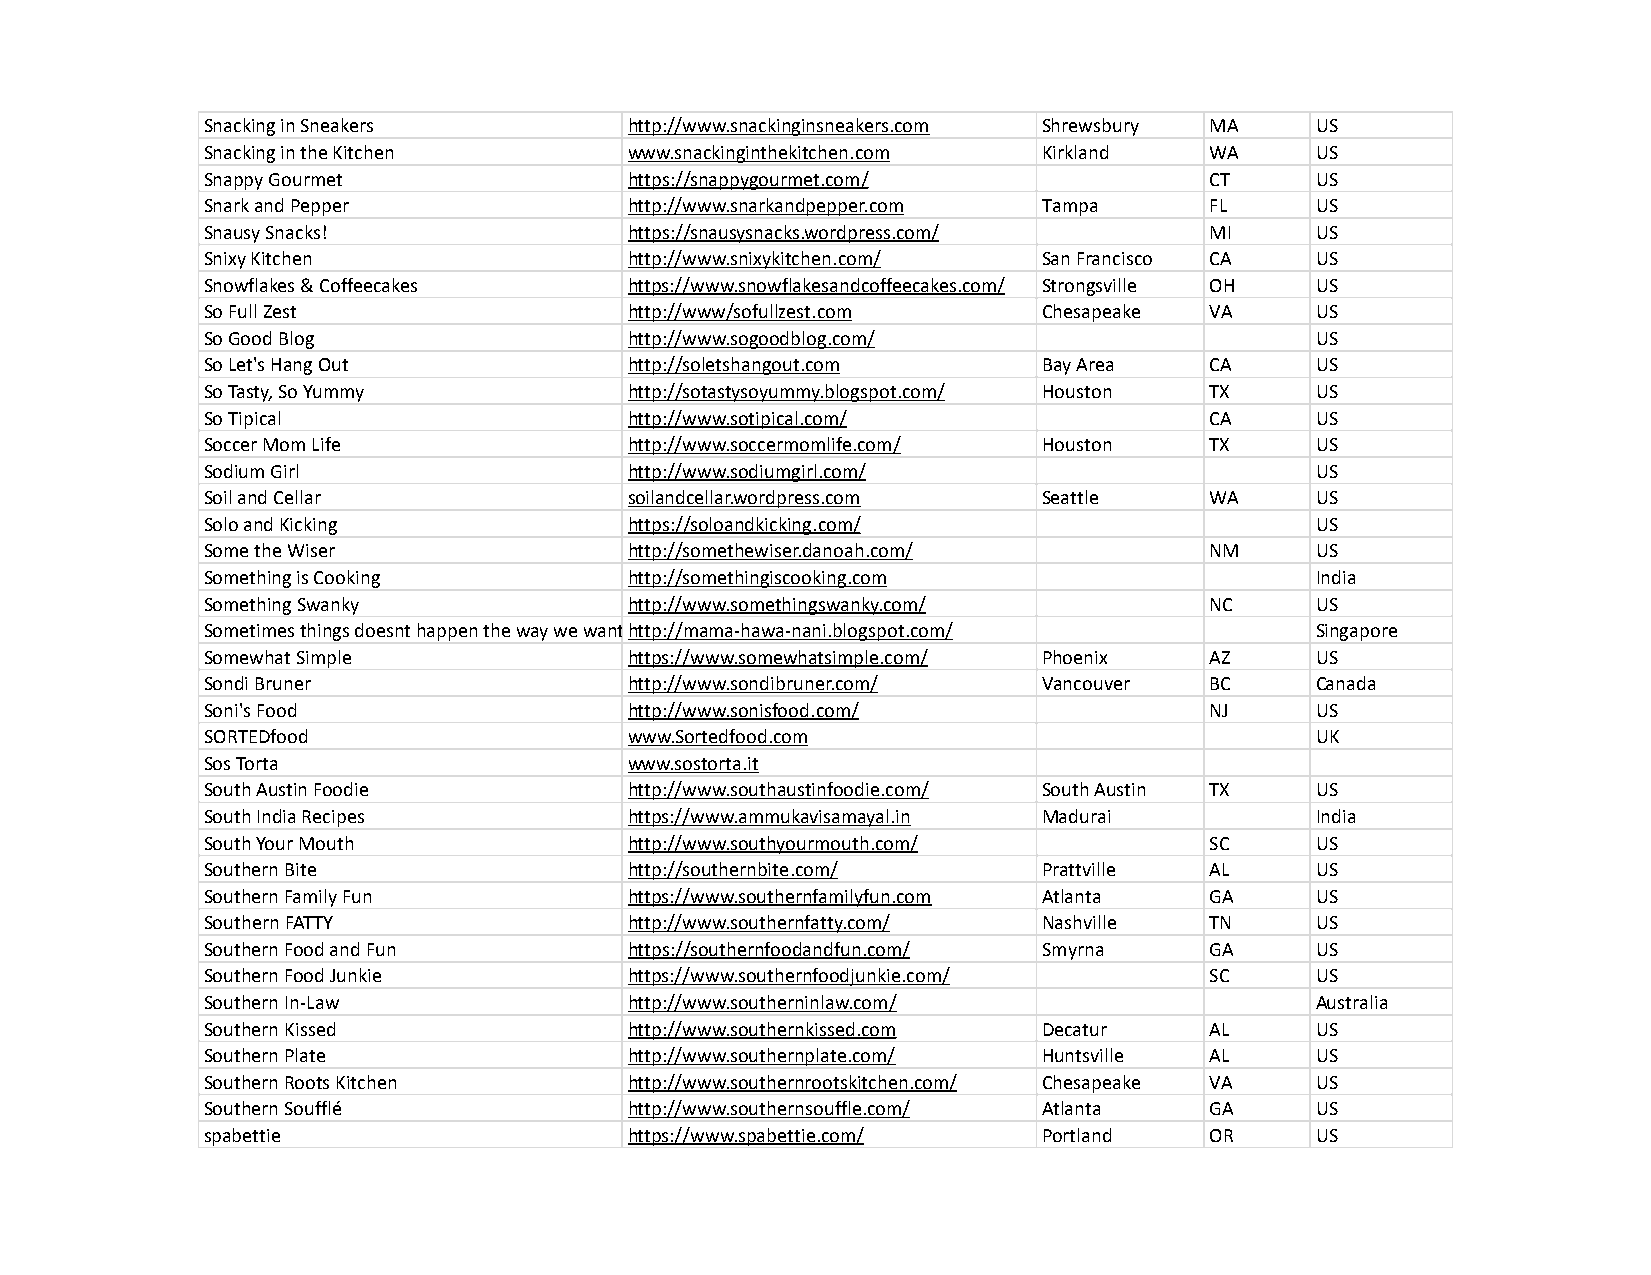
Snacking in Sneakers        http://www.snackinginsneakers.com Shrewsbury MA US
 Snacking in the Kitchen     www.snackinginthekitchen.com Kirkland WA     US
 Snappy Gourmet              https://snappygourmet.com/            CT     US
 Snark and Pepper            http://www.snarkandpepper.com Tampa   FL     US
 Snausy Snacks!              https://snausysnacks.wordpress.com/   MI     US
 Snixy Kitchen               http://www.snixykitchen.com/ San Francisco CA US
 Snowflakes & Coffeecakes    https://www.snowflakesandcoffeecakes.com/ Strongsville OH US
 So Full Zest                http://www/sofullzest.com  Chesapeake VA     US
 So Good Blog                http://www.sogoodblog.com/                   US
 So Let's Hang Out           http://soletshangout.com   Bay Area   CA     US
 So Tasty, So Yummy          http://sotastysoyummy.blogspot.com/ Houston TX US
 So Tipical                  http://www.sotipical.com/             CA     US
 Soccer Mom Life             http://www.soccermomlife.com/ Houston TX     US
 Sodium Girl                 http://www.sodiumgirl.com/                   US
 Soil and Cellar             soilandcellar.wordpress.com Seattle   WA     US
 Solo and Kicking            https://soloandkicking.com/                  US
 Some the Wiser              http://somethewiser.danoah.com/       NM     US
 Something is Cooking        http://somethingiscooking.com                India
 Something Swanky            http://www.somethingswanky.com/       NC     US
 Sometimes things doesnt happen the way we wanthttp://mama-hawa-nani.blogspot.com/ Singapore
 Somewhat Simple             https://www.somewhatsimple.com/ Phoenix AZ   US
 Sondi Bruner                http://www.sondibruner.com/ Vancouver BC     Canada
 Soni's Food                 http://www.sonisfood.com/             NJ     US
 SORTEDfood                  www.Sortedfood.com                           UK
 Sos Torta                   www.sostorta.it
 South Austin Foodie         http://www.southaustinfoodie.com/ South Austin TX US
 South India Recipes         https://www.ammukavisamayal.in Madurai       India
 South Your Mouth            http://www.southyourmouth.com/        SC     US
 Southern Bite               http://southernbite.com/   Prattville AL     US
 Southern Family Fun         https://www.southernfamilyfun.com Atlanta GA US
 Southern FATTY              http://www.southernfatty.com/ Nashville TN   US
 Southern Food and Fun       https://southernfoodandfun.com/ Smyrna GA    US
 Southern Food Junkie        https://www.southernfoodjunkie.com/   SC     US
 Southern In-Law             http://www.southerninlaw.com/                Australia
 Southern Kissed             http://www.southernkissed.com Decatur AL     US
 Southern Plate              http://www.southernplate.com/ Huntsville AL  US
 Southern Roots Kitchen      http://www.southernrootskitchen.com/ Chesapeake VA US
 Southern Soufflé            http://www.southernsouffle.com/ Atlanta GA   US
 spabettie                   https://www.spabettie.com/ Portland   OR     US